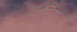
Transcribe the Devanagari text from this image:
प्युबिस